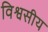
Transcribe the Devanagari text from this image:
विश्वसीय